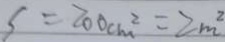
S = 2 0 0 c m ^ { 2 } = 2 m ^ { 2 }